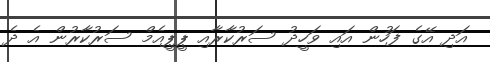
އަދި އޭގެ ފަހުން އައި ވަހީދު ސަރުކާރާއި ޕީޕީއެމް ސަރުކާރުން އެ ދެ